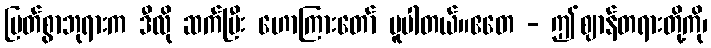
မြတ်စွာဘုရားက ဒီလို ဆက်ပြီး ဟောကြားတော် မူပါတယ်။ဧတေ - ဤဈာန်တရားတို့ကို၊